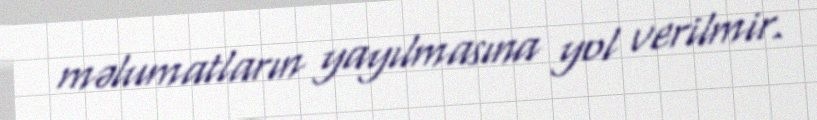
məlumatların yayılmasına yol verilmir.